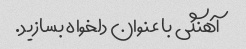
آهنگی با عنوان دلخواه بسازید.